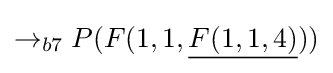
\rightarrow _{b7}P(F(1,1,{\underline {F(1,1,4)}}))